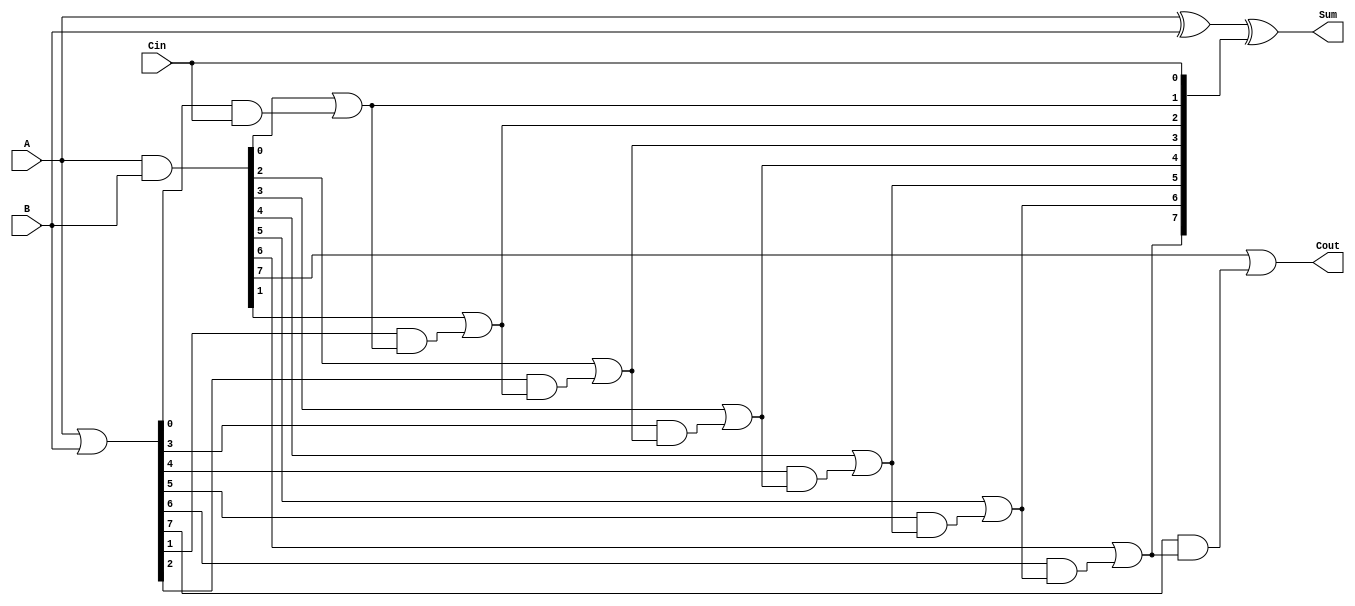
module Manchester_Carry_Chain_Adder #(parameter n = 8) (
    input  [n-1:0] A,       // First n-bit input
    input  [n-1:0] B,       // Second n-bit input
    input         Cin,       // Carry-in
    output [n-1:0] Sum,      // n-bit Sum output
    output        Cout       // Carry-out
);

    // Carry generation and propagation signals
    wire [n-1:0] G; // Generate signals
    wire [n-1:0] P; // Propagate signals
    wire [n:0] C;   // Carry signals (C[0] = Cin)

    // Generate and propagate logic
    assign G = A & B;          // Generate
    assign P = A | B;          // Propagate
    
    // Carry calculation
    assign C[0] = Cin;         // Initial carry is Cin
    genvar i;
    generate
        for (i = 0; i < n; i = i + 1) begin : carry_chain
            if (i == 0) begin
                // For the first stage, carry is directly from Cin
                assign C[i+1] = G[i] | (P[i] & C[i]);
            end else begin
                // For subsequent stages, calculate carry based on previous carry
                assign C[i+1] = G[i] | (P[i] & C[i]);
            end
        end
    endgenerate

    // Sum calculation
    assign Sum = A ^ B ^ C[n-1:0]; // Sum calculation using XOR

    // Final carry-out
    assign Cout = C[n]; // Carry-out is the last carry

endmodule